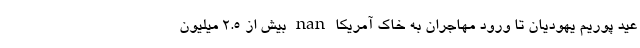
عید پوریم یهودیان تا ورود مهاجران به خاک آمریکا nan بیش از ۲.۵ میلیون